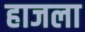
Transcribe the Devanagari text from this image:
हाजला